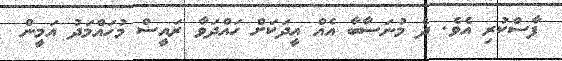
ފާސްކުރި އެވެ. ދެ މުނަސާބާ އެއް އީދަކަށް ހައްދަވާ ރައީސް މުހައްމަދު އަމީން